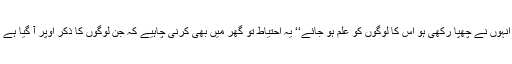
’’وہ اپنے پاؤں زمین پر مارتی ہوئی نہ چلا کریں کہ اپنی جو زینت انہوں نے چھپا رکھی ہو اس کا لوگوں کو علم ہو جائے‘‘ یہ احتیاط تو گھر میں بھی کرنی چاہیے کہ جن لوگوں کا ذکر اوپر آ گیا ہے کہ ان کے سامنے بھی پاؤں بجا کر پازیب وغیرہ جھنکاتی نہ رہیں۔